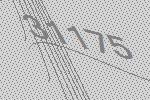
31175